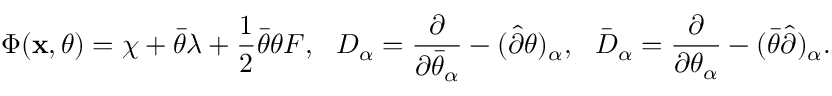
\Phi ( { \bf x } , \theta ) = \chi + \bar { \theta } \lambda + \frac 1 2 \bar { \theta } \theta F , ~ ~ D _ { \alpha } = \frac { \partial } { \partial \bar { \theta } _ { \alpha } } - ( \hat { \partial } \theta ) _ { \alpha } , ~ ~ \bar { D } _ { \alpha } = \frac { \partial } { \partial \theta _ { \alpha } } - ( \bar { \theta } \hat { \partial } ) _ { \alpha } .